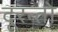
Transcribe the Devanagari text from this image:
दूरन्तो